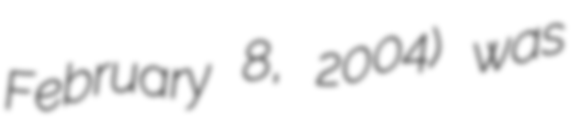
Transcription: February 8, 2004) was